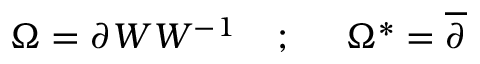
\Omega = \partial W W ^ { - 1 } \; \; \; \; ; \; \; \; \; \; \Omega ^ { * } = \overline { { { \partial } } }